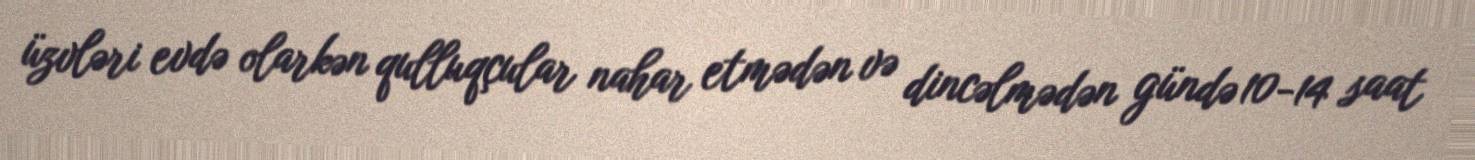
üzvləri evdə olarkən qulluqçular nahar etmədən və dincəlmədən gündə 10-14 saat